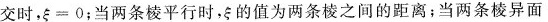
棱相交时，$$\xi = 0$$；当两条棱平行时，\xi 的值为两条棱之间的距离；当两条棱异面